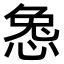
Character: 𫺜